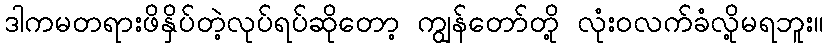
ဒါကမတရားဖိနှိပ်တဲ့လုပ်ရပ်ဆိုတော့ ကျွန်တော်တို့ လုံးဝလက်ခံလို့မရဘူး။